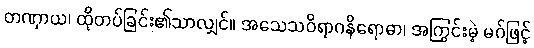
တဏှာယ၊ ထိုတပ်ခြင်း၏သာလျှင်။ အသေသဝိရာဂနိရောဓာ၊ အကြွင်းမဲ့ မဂ်ဖြင့်